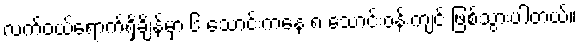
လက်ဝယ်ရောက်ရှိချိန်မှာ ၆ သောင်းကနေ ၈ သောင်းဝန်းကျင် ဖြစ်သွားပါတယ်။